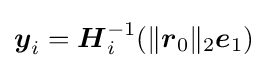
{\boldsymbol {y}}_{i}={\boldsymbol {H}}_{i}^{-1}(\lVert {\boldsymbol {r}}_{0}\rVert _{2}{\boldsymbol {e}}_{1})